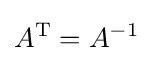
A^{\mathrm {T} }=A^{-1}